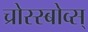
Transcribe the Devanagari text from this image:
च्रोस्स्बोव्स्